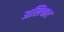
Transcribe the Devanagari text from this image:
अलिचार